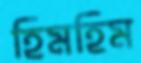
হিমহিম